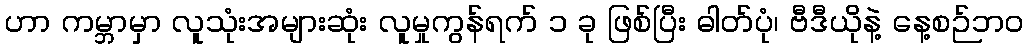
ဟာ ကမ္ဘာမှာ လူသုံးအများဆုံး လူမှုကွန်ရက် ၁ ခု ဖြစ်ပြီး ဓါတ်ပုံ၊ ဗီဒီယိုနဲ့ နေ့စဉ်ဘဝ